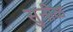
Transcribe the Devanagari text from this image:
सुनीळ